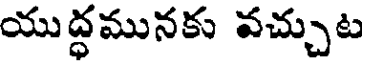
యుద్ధమునకు వచ్చుట